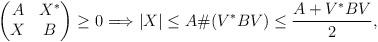
LaTeX: \begin{align*}\begin{pmatrix} A&X^* \\ X&B\end{pmatrix}\ge 0 \Longrightarrow |X|\le A\#(V^*BV)\le \frac{A+V^*BV}{2},\end{align*}